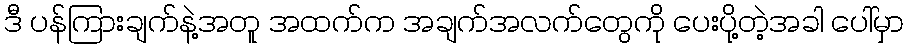
ဒီ ပန်ကြားချက်နဲ့အတူ အထက်က အချက်အလက်တွေကို ပေးပို့တဲ့အခါ ပေါ်မှာ